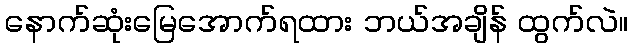
နောက်ဆုံးမြေအောက်ရထား ဘယ်အချိန် ထွက်လဲ။